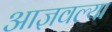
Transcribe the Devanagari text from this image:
आज्ञवल्या